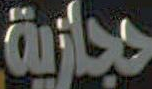
حجازية